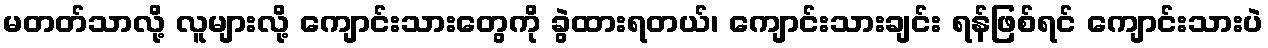
မတတ်သာလို့ လူများလို့ ကျောင်းသားတွေကို ခွဲထားရတယ်၊ ကျောင်းသားချင်း ရန်ဖြစ်ရင် ကျောင်းသားပဲ